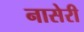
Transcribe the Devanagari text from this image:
नासेरी